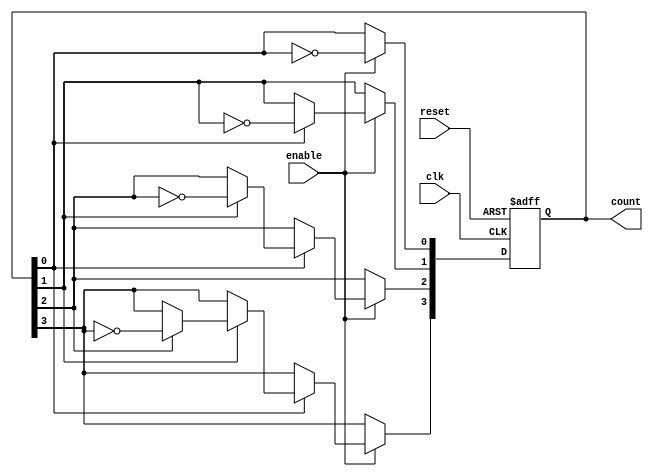
module async_ripple_counter (
    input wire clk,        // Clock signal for the first flip-flop
    input wire reset,      // Asynchronous reset signal
    input wire enable,     // Enable signal to trigger counting
    output reg [n-1:0] count // n-bit counter output
);
    parameter n = 4; // Number of bits in the counter

    // Flip-flops for the counter
    always @(posedge clk or posedge reset) begin
        if (reset) begin
            count <= 0; // Reset counter to 0
        end else if (enable) begin
            count[0] <= ~count[0]; // Toggle the least significant bit
            if (count[0]) begin
                count[1] <= ~count[1]; // Toggle the second bit if the first bit is 1
                if (count[1]) begin
                    count[2] <= ~count[2]; // Toggle the third bit if the second bit is 1
                    if (count[2]) begin
                        count[3] <= ~count[3]; // Toggle the fourth bit if the third bit is 1
                        // Add more bits as necessary for higher n
                    end
                end
            end
        end
    end
endmodule